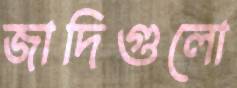
জাদিগুলো